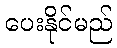
ပေးနိုင်မည်